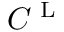
C ^ { \textrm { L } }